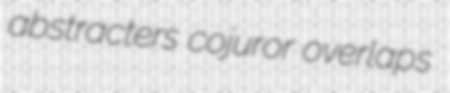
abstracters cojuror overlaps